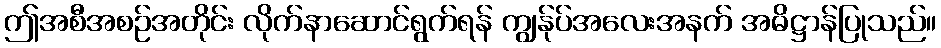
ဤအစီအစဉ်အတိုင်း လိုက်နာဆောင်ရွက်ရန် ကျွန်ုပ်အလေးအနက် အဓိဋ္ဌာန်ပြုသည်။